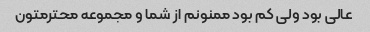
عالی بود ولی کم بود ممنونم از شما و مجموعه محترمتون